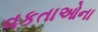
વકતાઓના